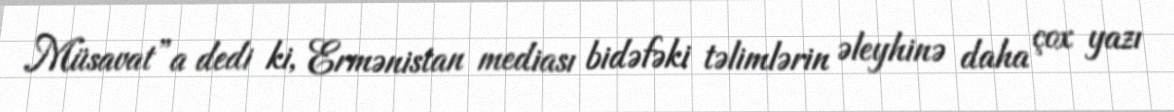
Müsavat”a dedi ki, Ermənistan mediası bidəfəki təlimlərin əleyhinə daha çox yazı